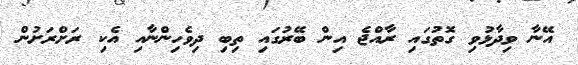
އޭނާ ވިދާޅުވި ގޮތުގައި ރާއްޖެ އިން ބޭރުގައި ތިބި ދިވެހިންނާއި އެކި ރަށްރަށުން